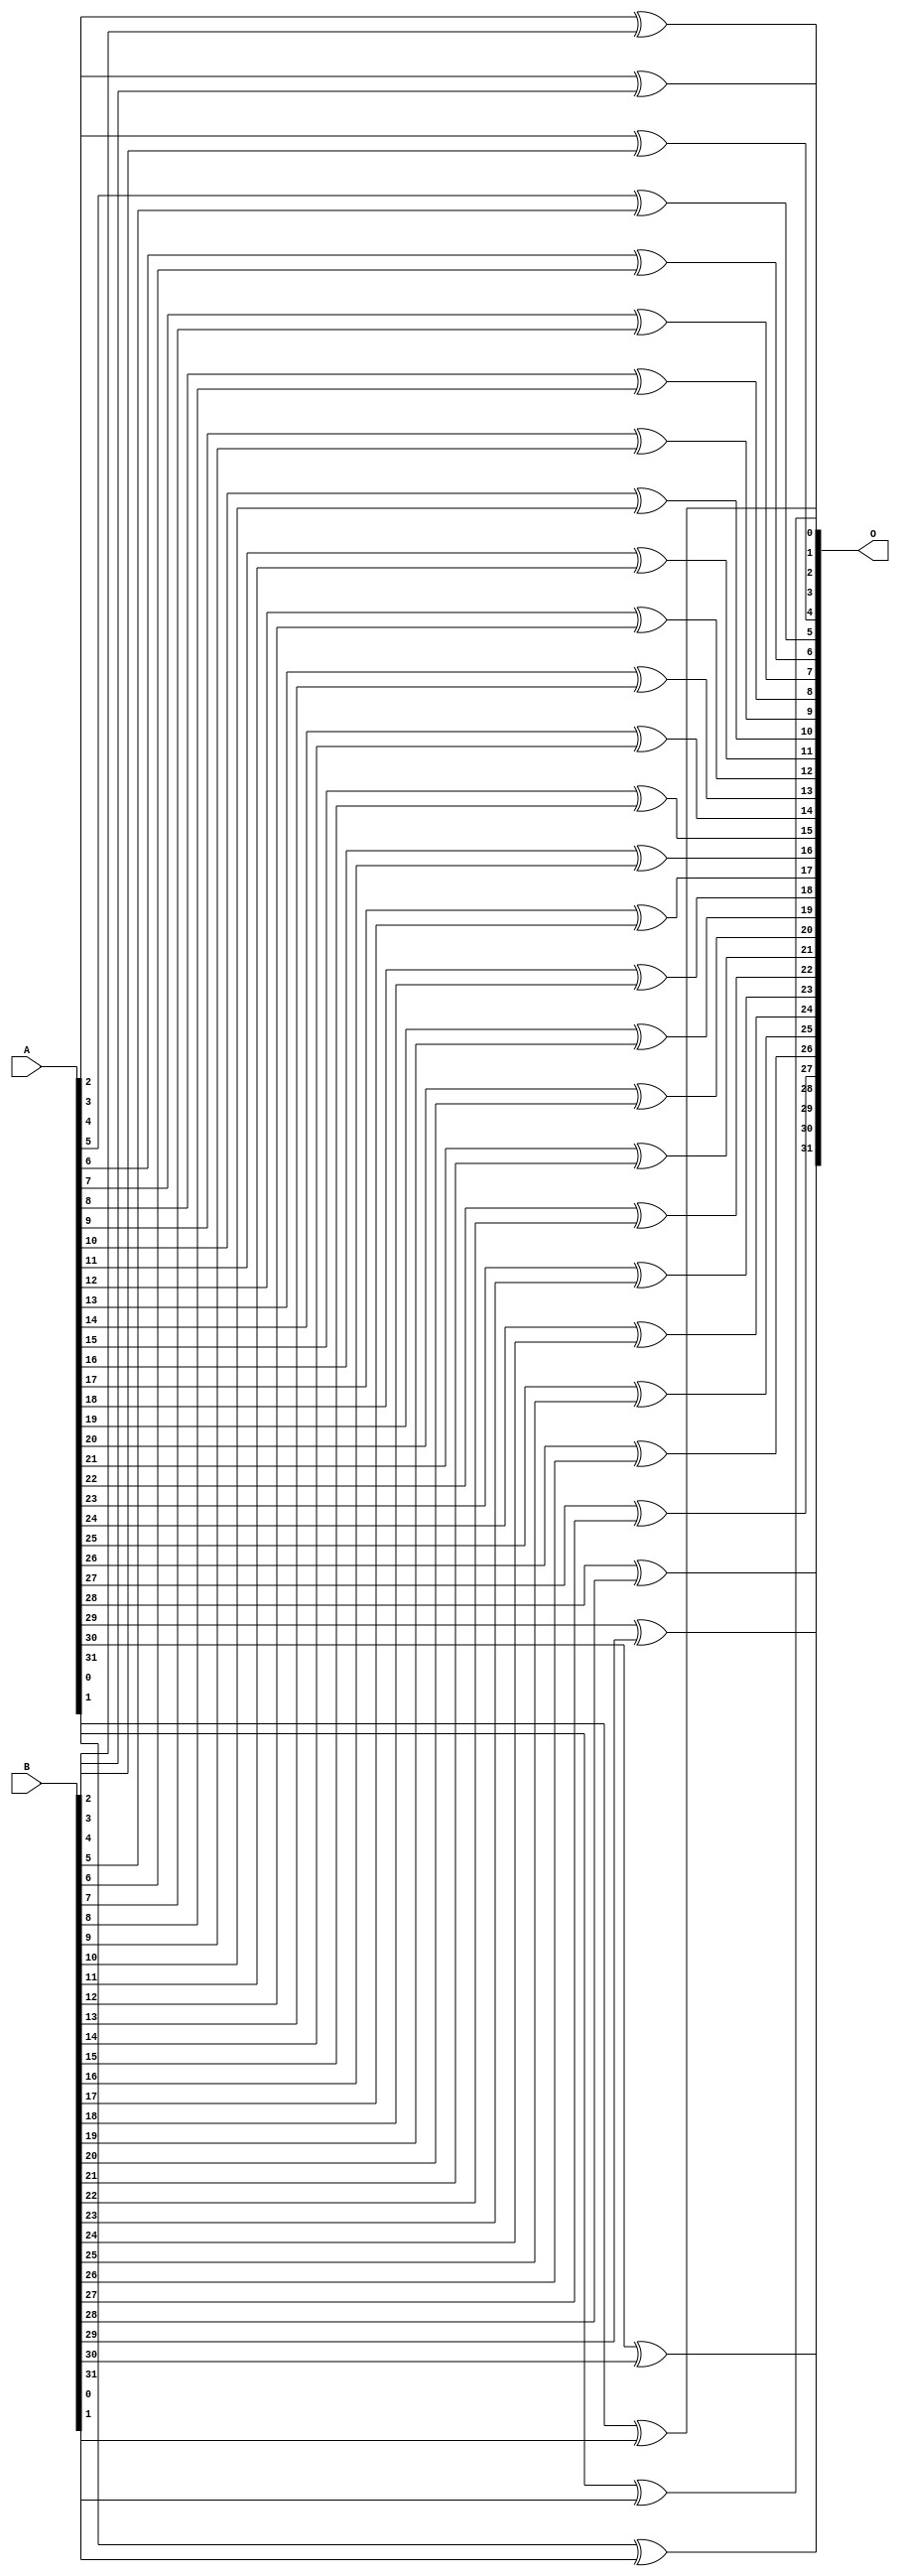
module xor_32b(O, A, B);

	input [31:0] A;
	input [31:0] B;

	output [31:0] O;

	xor (O[0], A[0], B[0]);
	xor (O[1], A[1], B[1]);
	xor (O[2], A[2], B[2]);
	xor (O[3], A[3], B[3]);
	xor (O[4], A[4], B[4]);
	xor (O[5], A[5], B[5]);
	xor (O[6], A[6], B[6]);
	xor (O[7], A[7], B[7]);
	xor (O[8], A[8], B[8]);
	xor (O[9], A[9], B[9]);
	xor (O[10], A[10], B[10]);
	xor (O[11], A[11], B[11]);
	xor (O[12], A[12], B[12]);
	xor (O[13], A[13], B[13]);
	xor (O[14], A[14], B[14]);
	xor (O[15], A[15], B[15]);
	xor (O[16], A[16], B[16]);
	xor (O[17], A[17], B[17]);
	xor (O[18], A[18], B[18]);
	xor (O[19], A[19], B[19]);
	xor (O[20], A[20], B[20]);
	xor (O[21], A[21], B[21]);
	xor (O[22], A[22], B[22]);
	xor (O[23], A[23], B[23]);
	xor (O[24], A[24], B[24]);
	xor (O[25], A[25], B[25]);
	xor (O[26], A[26], B[26]);
	xor (O[27], A[27], B[27]);
	xor (O[28], A[28], B[28]);
	xor (O[29], A[29], B[29]);
	xor (O[30], A[30], B[30]);
	xor (O[31], A[31], B[31]);


endmodule